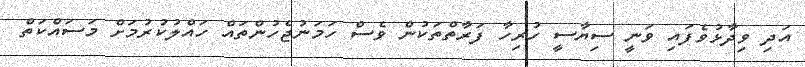
އަދި ވިދާޅުވެފައި ވަނީ ސިޔާސީ ހުރިހާ ފަރާތްތަކުން ވެސް ހަމަނުޖެހުންތައް ހައްލުކުރުމަށް މަސައްކަތް